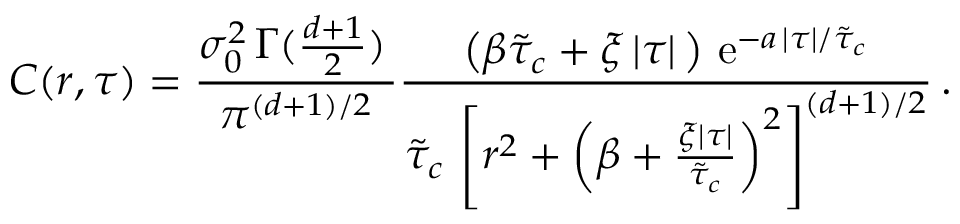
C ( r , \tau ) = \frac { \sigma _ { 0 } ^ { 2 } \, \Gamma ( \frac { d + 1 } { 2 } ) \, } { \pi ^ { ( d + 1 ) / 2 } } \frac { \left( \beta \tilde { \tau } _ { c } + \xi \, \lvert \tau \rvert \, \right) \, \mathrm { e } ^ { - a \, \lvert \tau \rvert / \tilde { \tau } _ { c } } } { \tilde { \tau } _ { c } \, \left[ r ^ { 2 } + \left( \beta + \frac { \xi \lvert \tau \rvert } { \tilde { \tau } _ { c } } \right) ^ { 2 } \right] ^ { ( d + 1 ) / 2 } } \, .